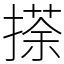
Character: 𢴉